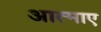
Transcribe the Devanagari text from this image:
आत्माए